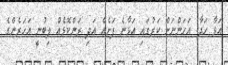
އަޅާ ހަދާ. އަަހަންނަށް ކަރުގައި އަޅާނެ ފަށެއް އަދި ރަންކޮޅެއް ލިބުނީ އަހަރެންގެ